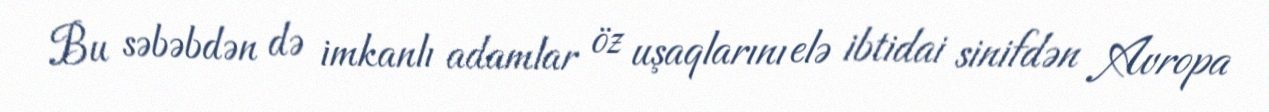
Bu səbəbdən də imkanlı adamlar öz uşaqlarını elə ibtidai sinifdən Avropa